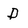
Character: D